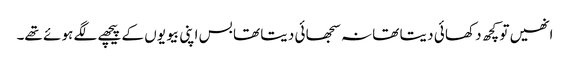
انھیں تو کچھ د کھا ئی د یتا تھا نہ سجھا ئی د یتا تھا بس اپنی بیو یوں کے پیچھے لگے ہو ئے تھے۔